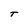
Character: T